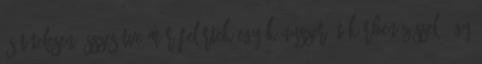
és tételesen összesítve már felér­tek egy kényszerű tükörbenézéssel: így